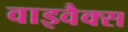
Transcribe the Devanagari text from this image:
वाइवैक्स